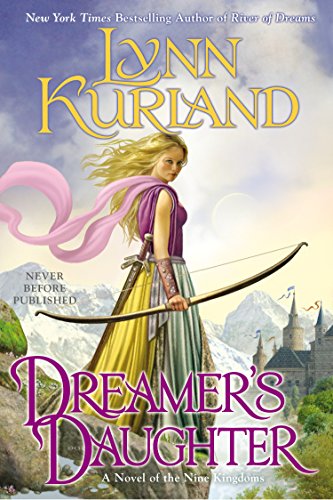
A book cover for Dreamer's Daughter (A Novel of the Nine Kingdoms); Lynn Kurland; Romance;